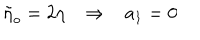
\tilde { \eta } _ { o } = 2 \eta \, \, \, \, \, \Rightarrow \, \, \, \, \, a _ { 1 } = 0